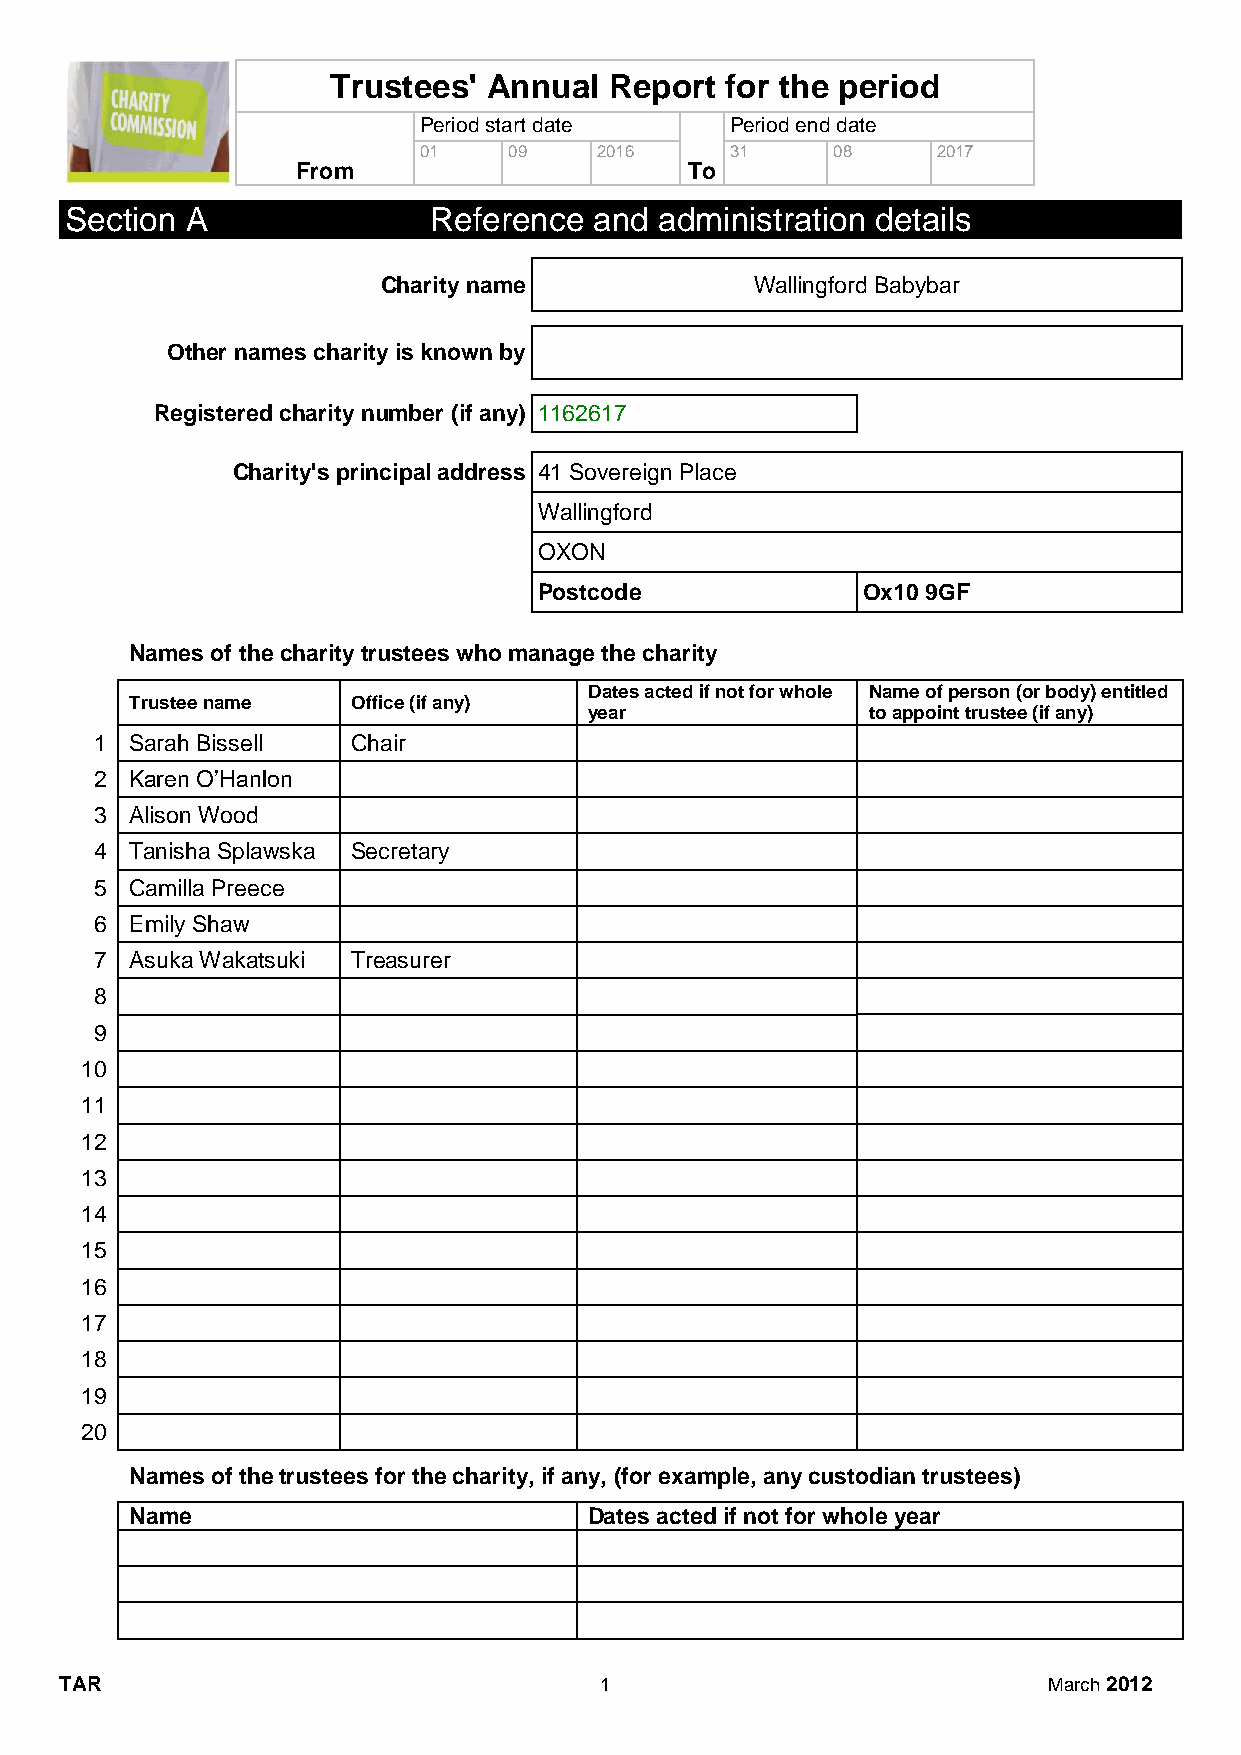
Trustees' Annual  Report  for the period
 Period start date   Period end date
 01    09   2016     31     08     2017
 From                      To
 Section A               Reference  and  administration details
 Charity name             Wallingford Babybar
 Other names charity is known by
 Registered charity number (if any) 1162617
 Charity's principal address 41 Sovereign Place
 Wallingford
 OXON
 Postcode             Ox10 9GF
 Names of the charity trustees who manage the charity
 Dates acted if not for whole Name of person (or body) entitled
 Trustee name  Office (if any)
 year              to appoint trustee (if any)
 1  Sarah Bissell Chair
 2  Karen O’Hanlon
 3  Alison Wood
 4  Tanisha Splawska Secretary
 5  Camilla Preece
 6  Emily Shaw
 7  Asuka Wakatsuki Treasurer
 8
 9
 10
 11
 12
 13
 14
 15
 16
 17
 18
 19
 20
 Names of the trustees for the charity, if any, (for example, any custodian trustees)
 Name                          Dates acted if not for whole year
 TAR                                 1                            March 2012